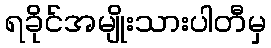
ရခိုင်အမျိုးသားပါတီမှ